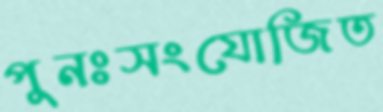
পুনঃসংযোজিত